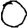
Digit: 0